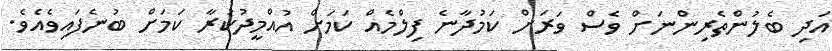
އަދި ބެލުންތެރިންނަށް ވެސް ވަރަށް ކަމުދާނެ ފިލްމެއް ކަމަށް އުއްމީދުކުރާ ކަމަށް ބުނެފައިވެއެވެ.